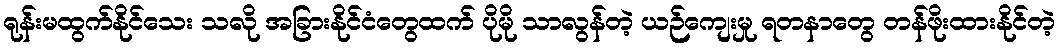
ရုန်းမထွက်နိုင်သေး သလို အခြားနိုင်ငံတွေထက် ပိုမို သာလွန်တဲ့ ယဉ်ကျေးမှု ရတနာတွေ တန်ဖိုးထားနိုင်တဲ့